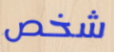
شخص